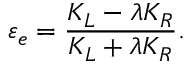
\varepsilon _ { e } = \frac { K _ { L } - \lambda K _ { R } } { K _ { L } + \lambda K _ { R } } .